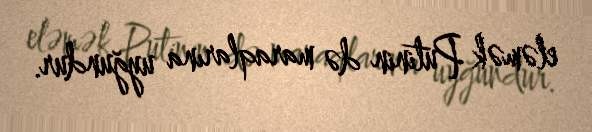
eləmək Putinin də maraqlarına uyğundur.